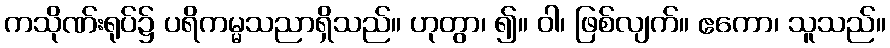
ကသိုဏ်းရုပ်၌ ပရိကမ္မသညာရှိသည်။ ဟုတွာ၊ ၍။ ဝါ၊ ဖြစ်လျက်။ ဧကော၊ သူသည်။